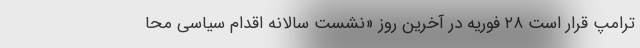
ترامپ قرار است ۲۸ فوریه در آخرین روز «نشست سالانه اقدام سیاسی محا